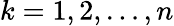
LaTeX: k=1,2,\ldots,n